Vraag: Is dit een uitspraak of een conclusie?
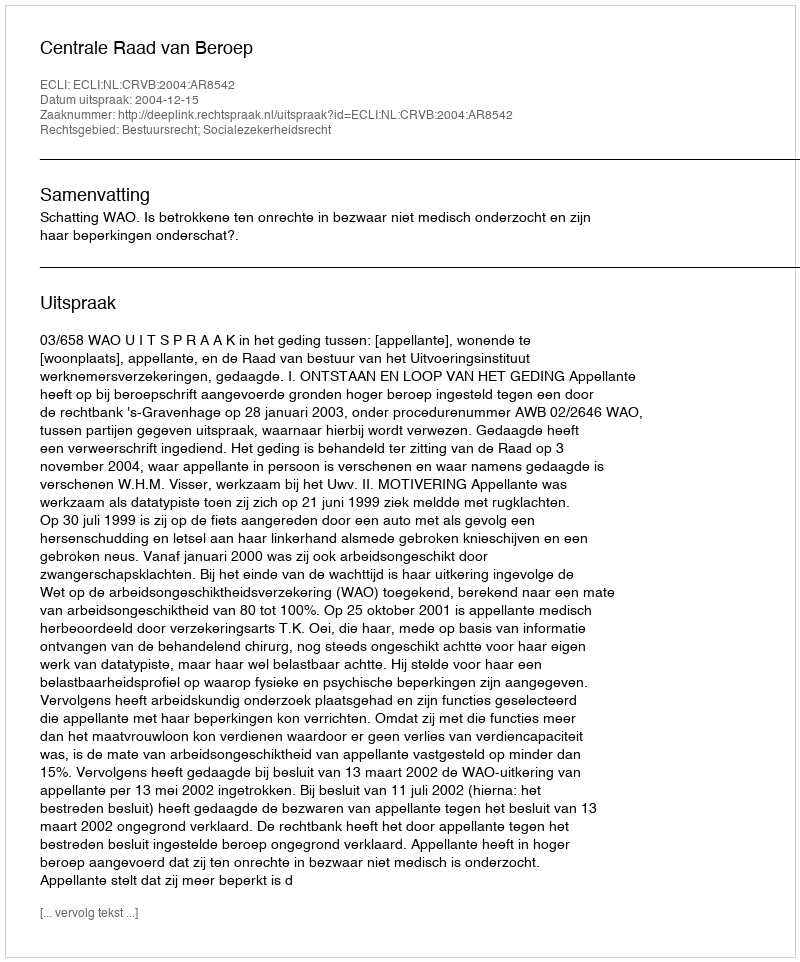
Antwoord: Uitspraak